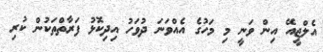
އެލްޖީއޭ އިން ވަނީ މި މަހުގެ އެއްވަނަ ދުވަހު އިދިކޮޅު ފަރާތްތަކުން ކުރި